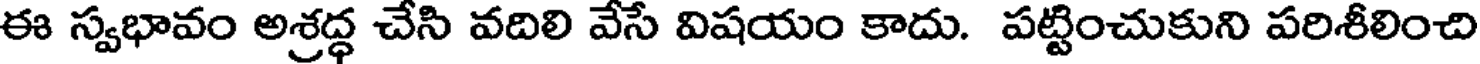
ఈ స్వభావం అశ్రద్ధ చేసి వదిలి వేసే విషయం కాదు. పట్టించుకుని పరిశీలించి